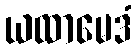
ယထာမေဒံ